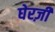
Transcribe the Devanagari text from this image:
घेरज़ी